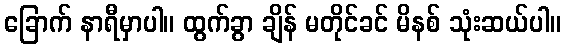
ခြောက် နာရီမှာပါ။ ထွက်ခွာ ချိန် မတိုင်ခင် မိနစ် သုံးဆယ်ပါ။